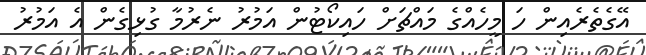
އޭގެތެރެއިން ހަ މީހެއްގެ މައްޗަށް ހައިކޯޓުން އަމުރު ނެރުމާ ގުޅިގެން އެ އަމުރު